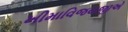
ખીમાવિજયજીએ